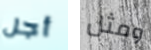
أجل ومثل